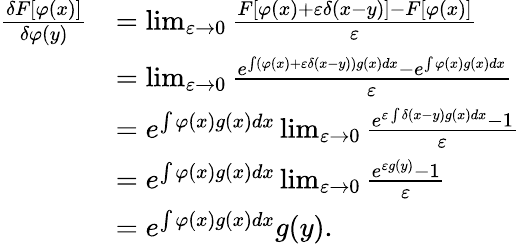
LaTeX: {\begin{array}{rl}{{\frac{\delta F[\varphi(x)]}{\delta\varphi(y)}}}&{=\operatorname*{lim}_{\varepsilon\to 0}{\frac{F[\varphi(x)+\varepsilon\delta(x-y)]-F[\varphi(x)]}{\varepsilon}}}\\ &{=\operatorname*{lim}_{\varepsilon\to 0}{\frac{e^{\int(\varphi(x)+\varepsilon\delta(x-y))g(x)dx}-e^{\int\varphi(x)g(x)dx}}{\varepsilon}}}\\ &{=e^{\int\varphi(x)g(x)dx}\operatorname*{lim}_{\varepsilon\to 0}{\frac{e^{\varepsilon\int\delta(x-y)g(x)dx}-1}{\varepsilon}}}\\ &{=e^{\int\varphi(x)g(x)dx}\operatorname*{lim}_{\varepsilon\to 0}{\frac{e^{\varepsilon g(y)}-1}{\varepsilon}}}\\ &{=e^{\int\varphi(x)g(x)dx}g(y).}\end{array}}